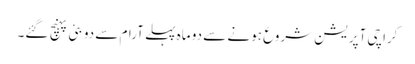
کراچی آپریشن شروع ہونے سے دو ماہ پہلے آرام سے دوبئی پہنچ گئے۔